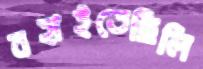
বহাইতেছিলি